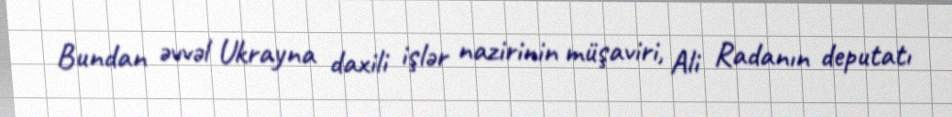
Bundan əvvəl Ukrayna daxili işlər nazirinin müşaviri, Ali Radanın deputatı